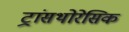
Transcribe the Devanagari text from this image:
ट्रांसथोरेसिक